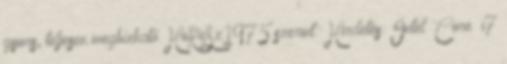
gyors, teljesen megbízható HoReSz1975 szerint: Hirdetés: Intel® Core™ i7